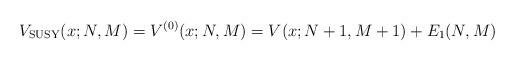
LaTeX: \begin{gather*} V_{\rm SUSY}(x;N,M)=V^{(0) }(x;N,M) =V( x;N+1,M+1) +E_{1}(N,M)\end{gather*}